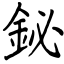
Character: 鉍